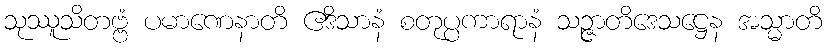
သုဿူသိတဗ္ဗံ ပမာဏေနာတိ ဧဒိသာနံ စတုပ္ပကာရာနံ သဉ္ဇာတိဒေသဋ္ဌေန အသ္မာတိ